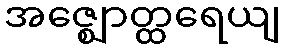
အဇ္ဈောတ္ထရေယျ